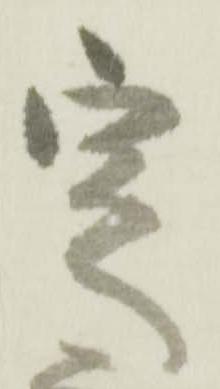
定